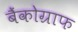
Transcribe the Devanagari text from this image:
बैंकोग्राफ